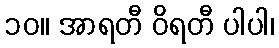
၁၀။ အာရတီ ဝိရတီ ပါပါ၊